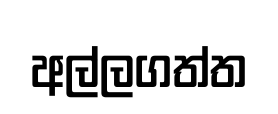
අල්ලගත්ත